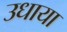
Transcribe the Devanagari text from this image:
उधाया